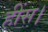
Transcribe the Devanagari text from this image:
हींस।